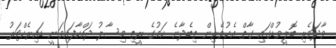
ވާދަވެރި ބޮލީވުޑްގައި ގާތް އެކުވެރިން ތިބެދާނެ ކަމުގެ ރީތި މިސާލު ދައްކާފައިވަނީ ޑައިރެކްޓަރު